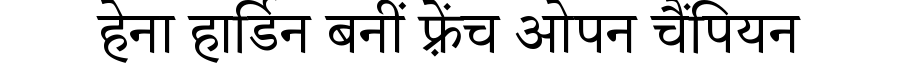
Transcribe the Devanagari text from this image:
हेना हार्डिन बनीं फ़्रेंच ओपन चैंपियन